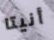
أنيتا